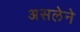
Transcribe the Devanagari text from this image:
असलेने